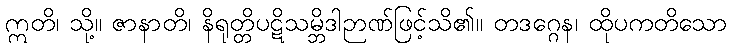
ဣတိ၊ သို့။ ဇာနာတိ၊ နိရုတ္တိပဋိသမ္ဘိဒါဉာဏ်ဖြင့်သိ၏။ တဒဂ္ဂေန၊ ထိုပကတိသော